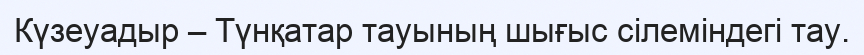
Күзеуадыр – Түнқатар тауының шығыс сілеміндегі тау.